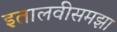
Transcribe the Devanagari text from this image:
इतालवीसमझा